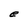
Character: e